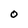
Character: O